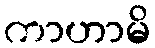
ကာဟာမိ